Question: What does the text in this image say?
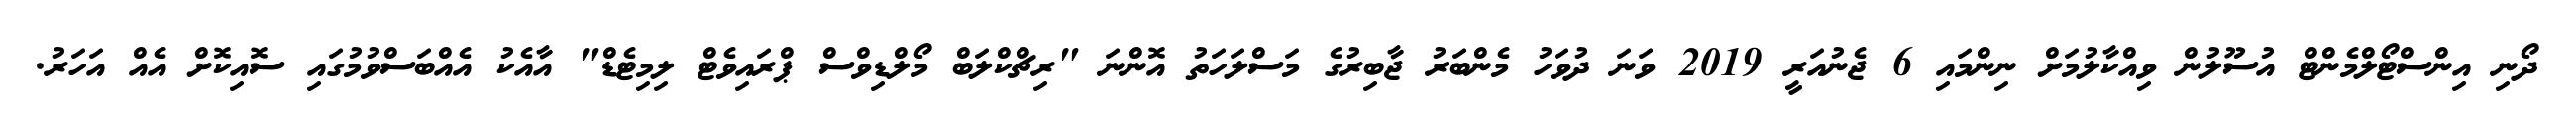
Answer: ދޯނި އިންސްޓޯލްމެންޓް އުސޫލުން ވިއްކާލުމަށް ނިންމައި 6 ޖެނުއަރީ 2019 ވަނަ ދުވަހު މެންބަރު ޖާބިރުގެ މަސްލަހަތު އޮންނަ "ރިޗްކްލަބް މޯލްޑިވްސް ޕްރައިވެޓް ލިމިޓެޑް" އާއެކު އެއްބަސްވުމުގައި ސޮއިކޮށް އެއް އަހަރު.